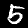
Label: 5